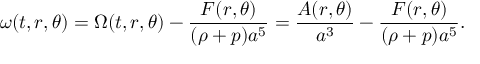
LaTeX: \omega ( t , r , \theta ) = \Omega ( t , r , \theta ) - \frac { F ( r , \theta ) } { ( \rho + p ) a ^ { 5 } } = \frac { A ( r , \theta ) } { a ^ { 3 } } - \frac { F ( r , \theta ) } { ( \rho + p ) a ^ { 5 } } .